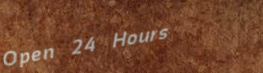
Open 24 Hours